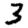
Digit: 3